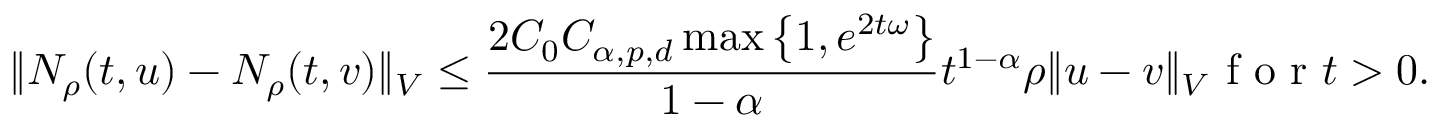
\Vert N _ { \rho } ( t , u ) - N _ { \rho } ( t , v ) \Vert _ { V } \leq \frac { 2 C _ { 0 } C _ { \alpha , p , d } \operatorname* { m a x } \left\{ 1 , e ^ { 2 t \omega } \right\} } { 1 - \alpha } t ^ { 1 - \alpha } \rho \Vert u - v \Vert _ { V } \mathrm { ~ f ~ o ~ r ~ } t > 0 .